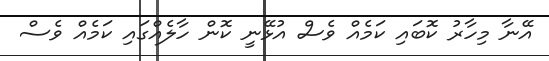
އޭނާ މިހާރު ކޮބައި ކަމެއް ވެސް އުޅޭނީ ކޮން ހާލެއްގައި ކަމެއް ވެސް